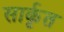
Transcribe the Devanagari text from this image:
सार्कृत